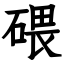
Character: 碨